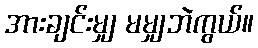
အားချင်းမျှ မမျှဘဲကွယ်။